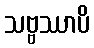
သဗ္ဗဿာပိ